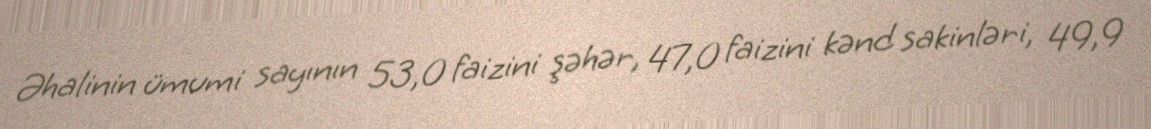
Əhalinin ümumi sayının 53,0 faizini şəhər, 47,0 faizini kənd sakinləri, 49,9